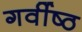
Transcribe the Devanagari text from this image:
गर्वीष्ठ